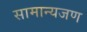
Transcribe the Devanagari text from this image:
सामान्यजण